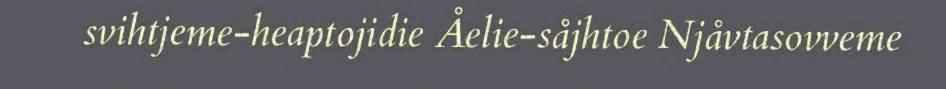
svihtjeme-heaptojidie Åelie-såjhtoe Njåvtasovveme